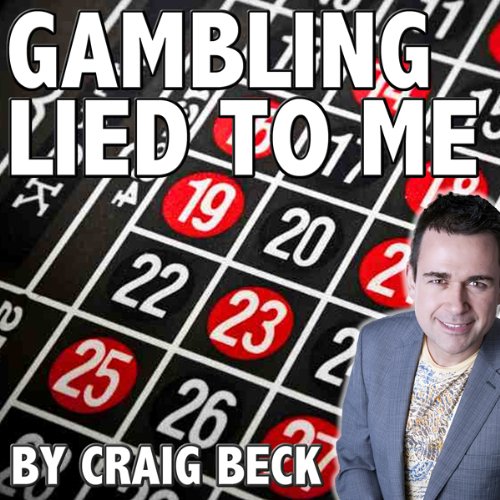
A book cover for Gambling Lied to Me: A Cure for Compulsive Gambling Addiction; Craig Beck; Health, Fitness & Dieting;